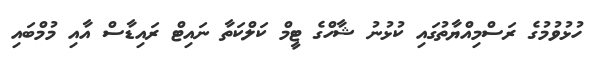
ހުޅުވުމުގެ ރަސްމިއްޔާތުގައި ކުޅުނު ޝާހްގެ ޓީމް ކަލްކަތާ ނައިޓް ރައިޑާސް އާއި މުމްބައި